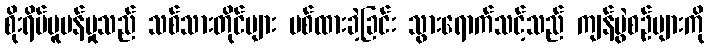
စိုးရိမ်ပူပန်မှုသည် သစ်သားတိုင်များ ပစ်ထားခဲ့ခြင်း သွားရောက်သင့်သည် ကျန်ပွဲစဉ်များကို